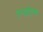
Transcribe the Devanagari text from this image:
एनईएच